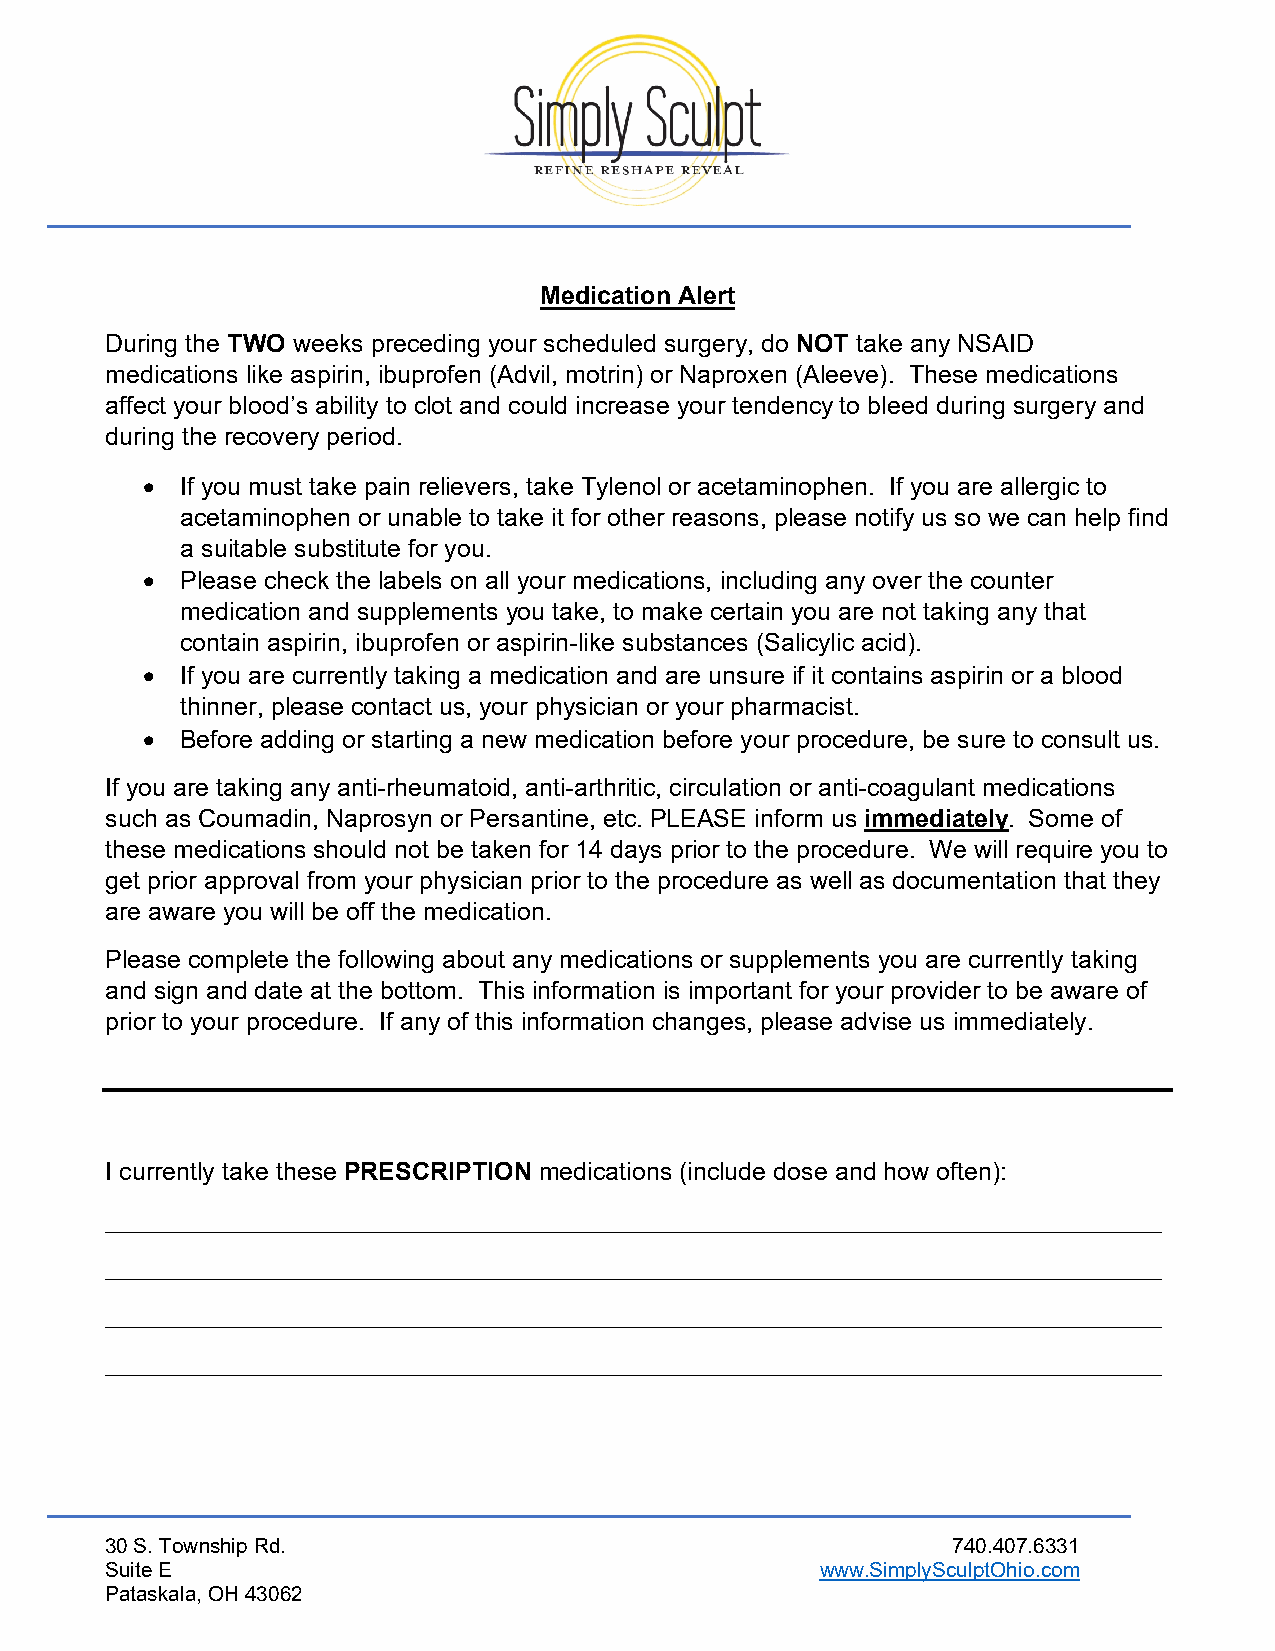
Medication Alert
 During the TWO weeks preceding your scheduled surgery, do NOT take any NSAID
 medications like aspirin, ibuprofen (Advil, motrin) or Naproxen (Aleeve). These medications
 affect your blood’s ability to clot and could increase your tendency to bleed during surgery and
 during the recovery period.
 •  If you must take pain relievers, take Tylenol or acetaminophen. If you are allergic to
 acetaminophen or unable to take it for other reasons, please notify us so we can help find
 a suitable substitute for you.
 •  Please check the labels on all your medications, including any over the counter
 medication and supplements you take, to make certain you are not taking any that
 contain aspirin, ibuprofen or aspirin-like substances (Salicylic acid).
 •  If you are currently taking a medication and are unsure if it contains aspirin or a blood
 thinner, please contact us, your physician or your pharmacist.
 •  Before adding or starting a new medication before your procedure, be sure to consult us.
 If you are taking any anti-rheumatoid, anti-arthritic, circulation or anti-coagulant medications
 such as Coumadin, Naprosyn or Persantine, etc. PLEASE inform us immediately. Some of
 these medications should not be taken for 14 days prior to the procedure. We will require you to
 get prior approval from your physician prior to the procedure as well as documentation that they
 are aware you will be off the medication.
 Please complete the following about any medications or supplements you are currently taking
 and sign and date at the bottom. This information is important for your provider to be aware of
 prior to your procedure. If any of this information changes, please advise us immediately.
 I currently take these PRESCRIPTION medications (include dose and how often):
 ____________________________________________________________________________
 ____________________________________________________________________________
 ____________________________________________________________________________
 ____________________________________________________________________________
 30 S. Township Rd.                                      740.407.6331
 Suite E                                        www.SimplySculptOhio.com
 Pataskala, OH 43062